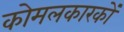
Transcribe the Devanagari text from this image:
कोमलकारकों